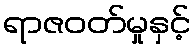
ရာဇဝတ်မှုနှင့်